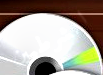
الشرطيين